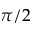
\pi / 2